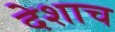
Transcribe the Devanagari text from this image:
देशाच